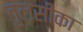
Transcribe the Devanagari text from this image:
तुलसीका